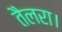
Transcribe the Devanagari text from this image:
तैलरा।